Burma Government Medical School reports 1923-41
Year: 1923
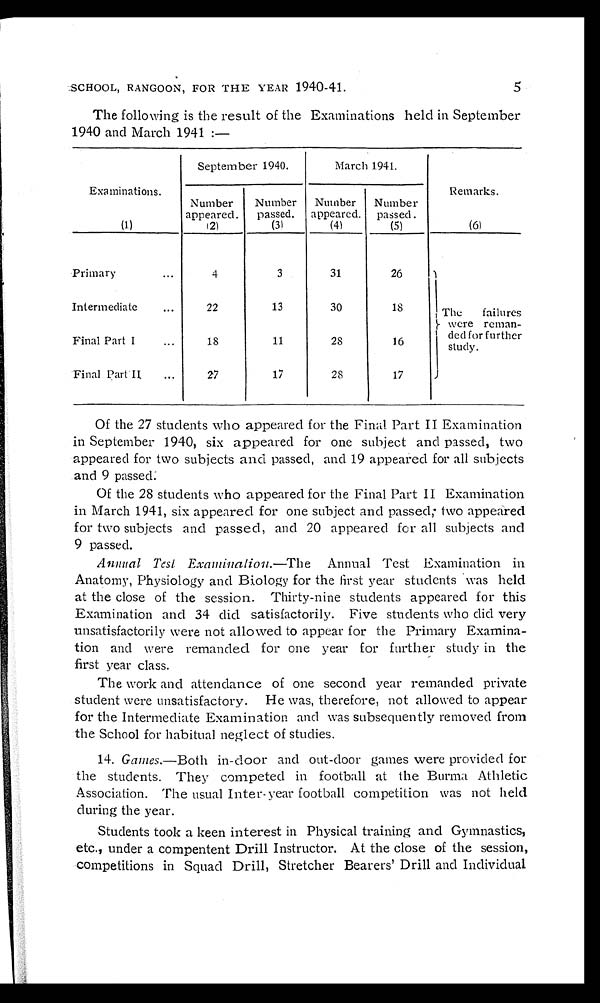
SCHOOL, RANGOON, FOR THE YEAR 1940-41.
The following is the result of the Examinations held in September
1940 and March 1941 :—
Examinations.
September 1940.
March 1941.
Remarks.
Number
appeared.
Number
passed.
Number
appeared.
Number
passed.
(1)
( 2 )
(3)
(4)
(5)
(6)
Primary . . .
4
3
31
26
The failures
were reman-
ded for further
study.
Intermediate . . .
22
13
30
18
Final Part I . . .
18
11
28
16
Final Part II . . .
27
17
28
17
Of the 27 students who appeared for the Final Part II Examination
in September 1940, six appeared for one subject and passed, two
appeared for two subjects and passed, and 19 appeared for all subjects
and 9 passed.
Of the 28 students who appeared for the Final Part II Examination
in March 1941, six appeared for one subject and passed, two appeared
for two subjects and passed, and 20 appeared for all subjects and
9 passed.
Annual Test Examination .—The
Annual Test Examination in
Anatomy, Physiology and Biology for the first year students was held
at the close of the session. Thirty-nine students appeared for this
Examination and 34 did satisfactorily. Five students who did very
unsatisfactorily were not allowed to appear for the Primary Examina
- t i o n a n d w e r e r e m a n d e d f o r o n e y e a r f o r f u r t h e r s t u d y i n t h e
first year class.
The work and attendance of one second year remanded private
student were unsatisfactory. He was, therefore, not allowed to appear
for the Intermediate Examination and was subsequently removed from
the School for habitual neglect of studies.
14. Games .—Both in-door and out-door games were provided for
the students. They competed in football at the Burma Athletic
Association. The usual Inter-year football competition was not held
during the year.
Students took a keen interest in Physical training and Gymnastics,
etc., under a compentent Drill Instructor. At the close of the session,
competitions in Squad Drill, Stretcher Bearers' Drill and Individual
5